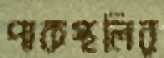
পাকস্থলির